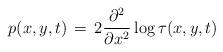
LaTeX: \begin{align*}p(x,y,t)\,= \,2\frac{\partial^2}{\partial x^2} \log \tau (x,y,t) \end{align*}